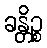
ခန္တိဉ္စ